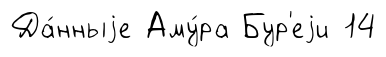
Да́нныjе Аму́ра Бур'еjи 14